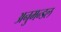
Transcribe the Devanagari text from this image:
अनुमन्डल